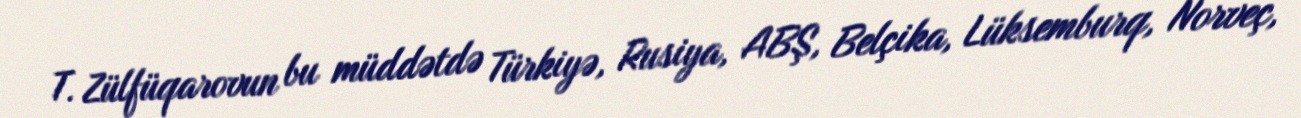
T. Zülfüqarovun bu müddətdə Türkiyə, Rusiya, ABŞ, Belçika, Lüksemburq, Norveç,